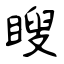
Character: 瞍